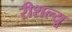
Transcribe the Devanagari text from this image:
रीशल्यू